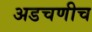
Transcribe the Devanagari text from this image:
अडचणीच